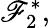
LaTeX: \mathscr{F}_{2}^{*},